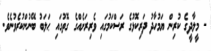
- މީލާދީގެ ކުރިން ޔަމުހާދު ދަރިކޮޅުގެ ރަސްކަމުގައި ވެރިރަށެއްގެ ގޮތުގައި ޙަލަބު ބޭނުންކުރެވުނެވެ.